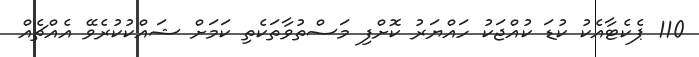
110 ޕެކެޓާއެކު ކުޑަ ކުއްޖަކު ހައްޔަރު ކޮށްފި މަސްތުވާތަކެތި ކަމަށް ޝައްކުކުރެވޭ އެއްޗެއް